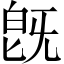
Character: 旣